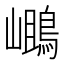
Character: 𪂓